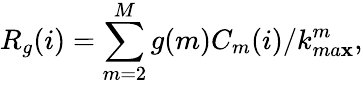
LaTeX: R_{g}(i)=\sum_{m=2}^{M}g(m)C_{m}(i)/k_{ma\mathbf{x}}^{m},